Mental hospitals Bombay report 1929-33 - 1929-1933
Year: 1929
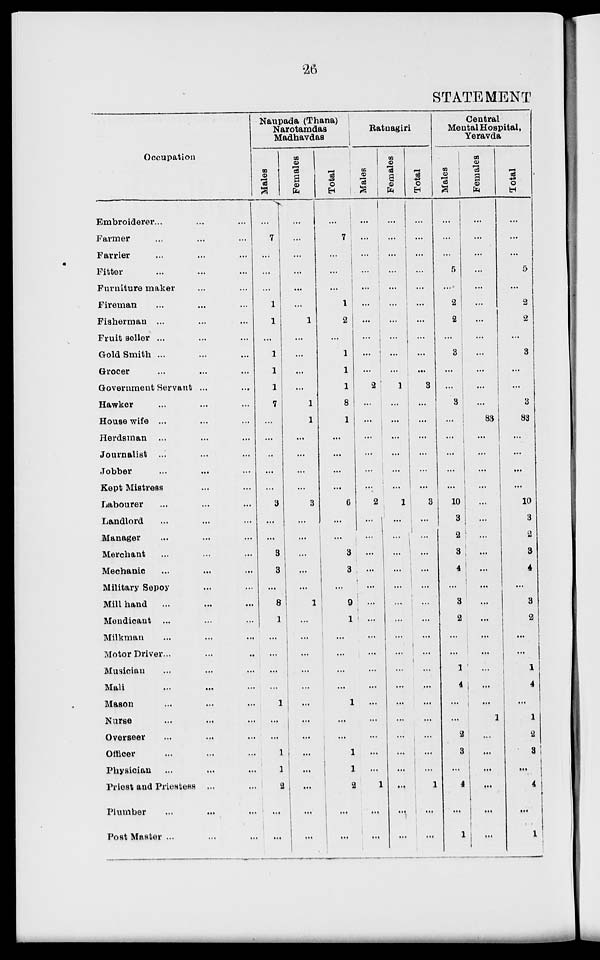
26
STATEMENT
Occupation
Embroiderer ... ... ...
Farmer ... ... ...
Farrier ... ... ...
Fitter ... ... ...
Furniture maker ... ...
Fireman ... ... ...
Fisherman ... ... ...
Fruit seller ... ... ...
Gold Smith ... ... ...
Grocer ... ... ...
Government Servant ...
Hawker ... ... ...
Housewife ... ... ...
Herdsman ... ... ...
Journalist ... ... ...
Jobber ... ... ...
Kept Mistress ... ... ...
Labourer ... ... ...
Landlord ... ... ...
Manager ... ... ...
Merchant ... ... ...
Mechanic ... ... ...
Military Sepoy ... ... ...
Mill hand ... ... ...
Mendicant ... ... ...
Milkman ... ... ...
Motor Driver ... ... ...
Musician ... ... ...
Mali ... ... ...
Mason ... ... ...
Nurse ... ... ...
Overseer ... ... ...
Officer ... ... ...
Physician ... ... ...
Priest and Priestess ...
Plumber ... ... ...
Post Master ... ... ...
Naupada (Thana)
Narotamdas
Madhavdas
Males
...
7
...
...
...
1
1
...
1
1
1
7
...
...
...
...
...
3
...
...
3
3
...
8
1
...
...
...
...
1
...
...
1
1
2
...
...
Females
...
...
...
...
...
...
1
...
...
...
...
1
1
...
...
...
...
3
...
...
...
...
...
1
...
...
...
...
...
...
...
...
...
...
...
...
...
Total
...
7
...
...
...
1
2
...
1
1
1
8
1
...
...
...
...
6
...
...
3
3
...
9
1
...
...
...
...
1
...
...
1
1
2
...
...
Ratnagiri
Males
...
...
...
...
...
...
...
...
...
...
2
...
...
...
...
...
...
2
...
...
...
...
...
...
...
...
...
...
...
...
...
...
...
...
1
...
...
Females
...
...
...
...
...
...
...
...
...
...
1
...
...
...
...
...
...
1
...
...
...
...
...
...
...
...
...
...
...
...
...
...
...
...
...
...
...
Total
...
...
...
...
...
...
...
...
...
3
...
...
...
...
...
...
3
...
...
...
...
...
...
...
...
...
...
...
...
...
...
...
...
1
...
...
Central
Mental Hospital,
Yeravda
Males
...
...
...
5
...
2
2
...
3
...
...
3
...
...
...
...
...
10
3
2
3
4
...
3
2
...
...
1
4
...
...
2
3
...
4
...
1
Females
...
...
...
...
...
...
...
...
...
...
...
...
83
...
...
...
...
...
...
...
...
...
...
...
...
...
...
...
...
...
1
...
...
...
...
...
...
Total
...
...
...
5
...
2
2
...
3
...
...
3
83
...
...
...
...
10
3
2
3
4
...
3
2
...
...
1
4
...
1
2
3
...
4
...
1